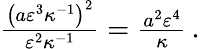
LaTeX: \begin{array}{r}{\frac{\bigl(a\varepsilon^{3}\kappa^{-1}\bigr)^{2}}{\varepsilon^{2}\kappa^{-1}}=\frac{a^{2}\varepsilon^{4}}{\kappa}\, .}\end{array}